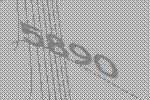
5890